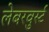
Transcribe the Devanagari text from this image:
लेबरवुर्स्ट